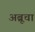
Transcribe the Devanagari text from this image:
अब्रूचा